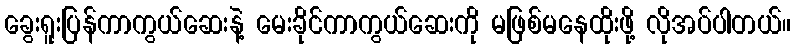
ခွေးရူးပြန်ကာကွယ်ဆေးနဲ့ မေးခိုင်ကာကွယ်ဆေးကို မဖြစ်မနေထိုးဖို့ လိုအပ်ပါတယ်။